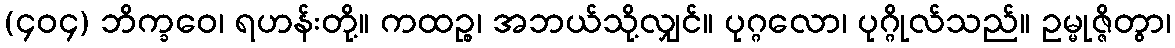
(၄၀၄) ဘိက္ခဝေ၊ ရဟန်းတို့။ ကထဉ္စ၊ အဘယ်သို့လျှင်။ ပုဂ္ဂလော၊ ပုဂ္ဂိုလ်သည်။ ဥမ္မုဇ္ဇိတွာ၊